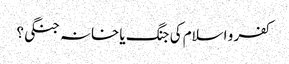
کفر و اسلام کی جنگ یا خانہ جنگی؟